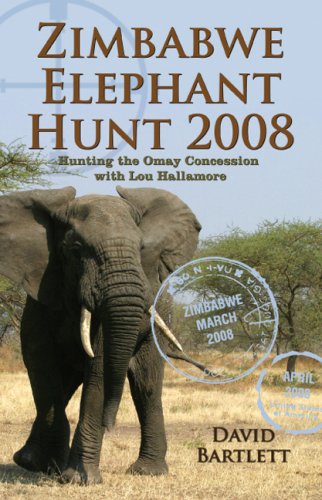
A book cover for Zimbabwe Elephant Hunt 2008; David Bartlett; Travel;